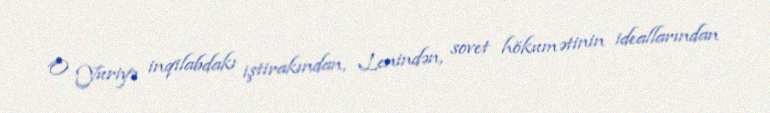
O Yuriyə inqilabdakı iştirakından, Lenindən, sovet hökumətinin ideallarından